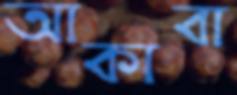
আকাবা